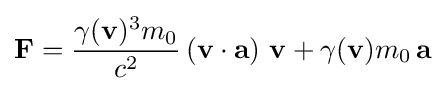
\mathbf {F} ={\frac {\gamma (\mathbf {v} )^{3}m_{0}}{c^{2}}}\left(\mathbf {v} \cdot \mathbf {a} \right)\,\mathbf {v} +\gamma (\mathbf {v} )m_{0}\,\mathbf {a}